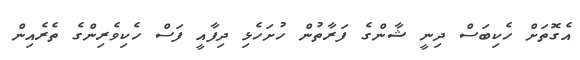
އެގޮތަށް ހެކިބަސް ދިނީ ޝާންގެ ފަރާތުން ހުށަހެޅި ދިފާއީ ފަސް ހެކިވެރިންގެ ތެރެއިން